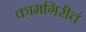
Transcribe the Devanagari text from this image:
कामगिरीचं